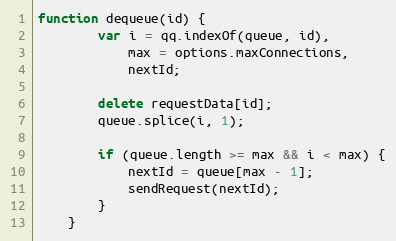
Language: JavaScript
function dequeue(id) {
        var i = qq.indexOf(queue, id),
            max = options.maxConnections,
            nextId;

        delete requestData[id];
        queue.splice(i, 1);

        if (queue.length >= max && i < max) {
            nextId = queue[max - 1];
            sendRequest(nextId);
        }
    }